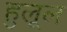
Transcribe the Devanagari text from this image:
हुलूल